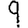
Digit: 9